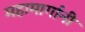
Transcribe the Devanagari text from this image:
महामार्गानी